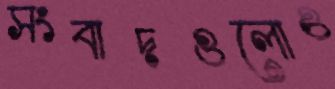
সংবাদগুলোও